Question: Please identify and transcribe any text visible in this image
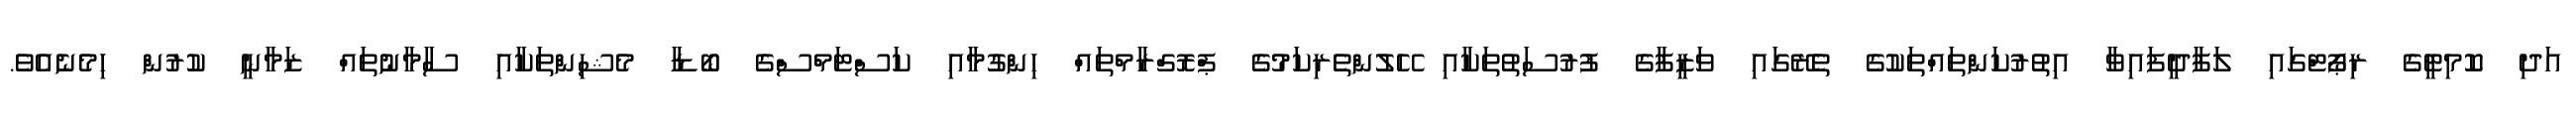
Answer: އަދި ކޮމިޓީގެ ރިޕޯޓްގައި ލަފާދީފައިވާ އިތުރުކަންތައްތަކުގެ ތެރޭގައި ވަޒީފާގެ ފުރުސަތުތަކާއި ހޭލުންތެރިކަމުގެ ޕްރޮގްރާމްތައް ހިންގުމާއި ކަސްޓަމްސްގެ ބޯޑާ މެޝިންތަކާއި ސާމާނުތައް ޒަމާނީ ކުރުން ހިމެނެއެވެ.